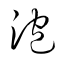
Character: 泡